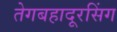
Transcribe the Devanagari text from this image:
तेगबहादूरसिंग